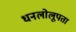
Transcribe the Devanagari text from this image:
धनलोलूपता